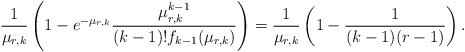
\begin{align*} \frac{1}{\mu_{r,k}}\left(1-e^{-\mu_{r,k}}\frac{\mu_{r,k}^{k-1}}{(k-1)!f_{k-1}(\mu_{r,k})}\right)=\frac{1}{\mu_{r,k}}\left(1-\frac{1}{(k-1)(r-1)}\right). \end{align*}